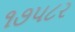
૧૭પ૮ર